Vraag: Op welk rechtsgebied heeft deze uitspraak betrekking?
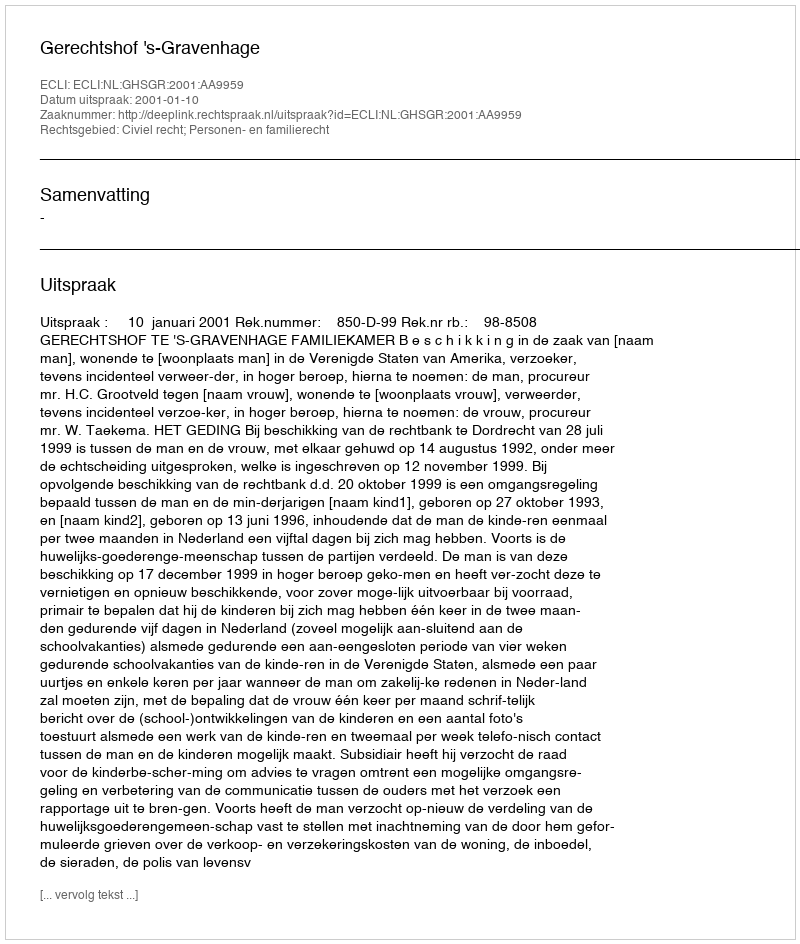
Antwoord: Civiel recht; Personen- en familierecht